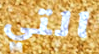
التي